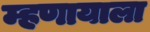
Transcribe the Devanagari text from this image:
म्हणायाला